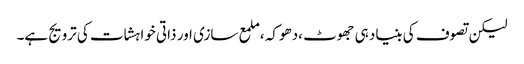
لیکن تصوف کی بنیاد ہی جھوٹ ،دھوکہ ،ملمع سازی اور ذاتی خواہشات کی ترویج ہے۔